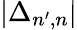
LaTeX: |\Delta_{n^{\prime},n}|